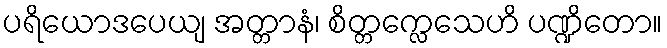
ပရိယောဒပေယျ အတ္တာနံ၊ စိတ္တက္လေသေဟိ ပဏ္ဍိတော။